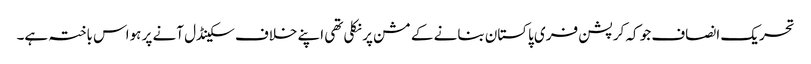
تحریک انصاف جو کہ کرپشن فری پاکستان بنانے کے مشن پر نکلی تھی اپنے خلاف سکینڈل آنے پر ہواس باختہ ہے۔